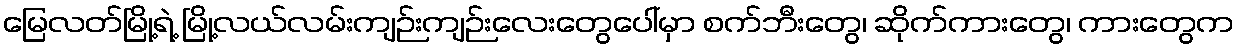
မြေလတ်မြို့ရဲ့ မြို့လယ်လမ်းကျဉ်းကျဉ်းလေးတွေပေါ်မှာ စက်ဘီးတွေ၊ ဆိုက်ကားတွေ၊ ကားတွေက